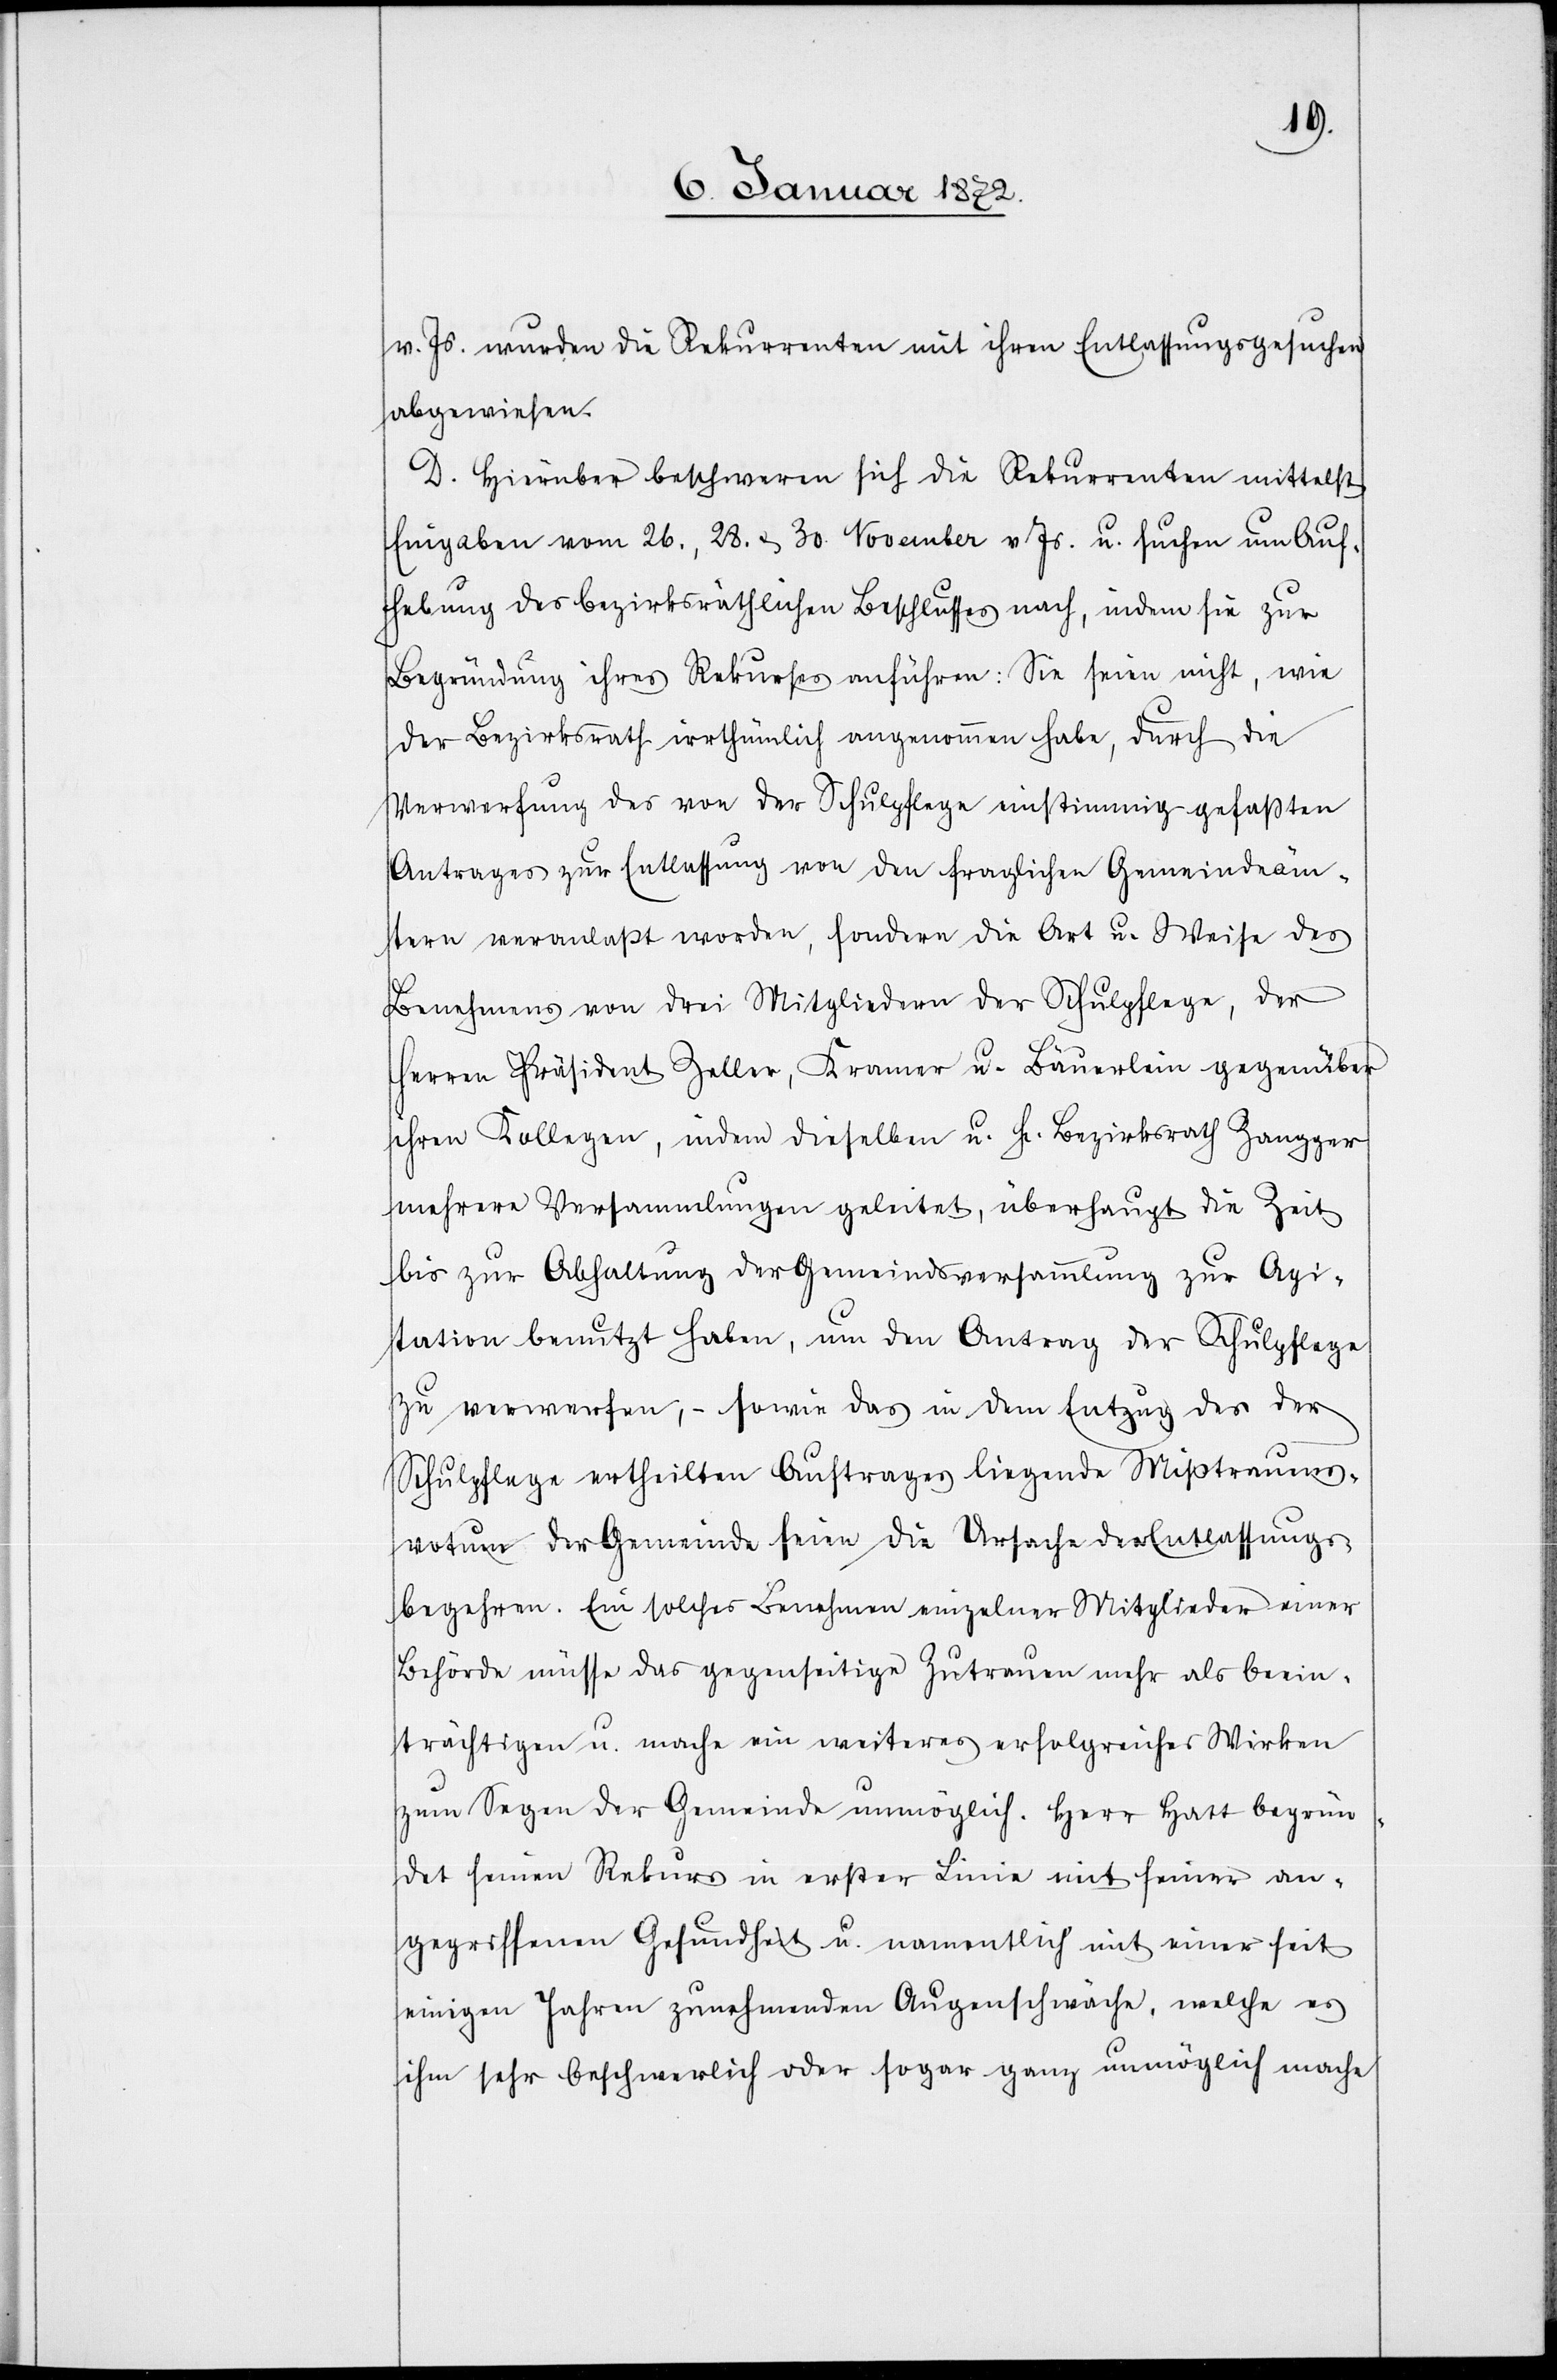
v. Js. wurden die Rekurrenten mit ihren Entlassungsgesuchen
abgewiesen.
D. Hierüber beschweren sich die Rekurrenten mittelst
Eingaben vom 26., 28. & 30. November v Js. u. suchen um Auf¬
hebung des bezirksräthlichen Beschlusses nach, indem sie zur
Begründung ihres Rekurses anführen: Sie seien nicht, wie
der Bezirksrath irrthümlich angenommen habe, durch die
Verwerfung des von der Schulpflege einstimmig gefassten
Antrages zur Entlassung von den fraglichen Gemeindeäm¬
tern veranlaßt worden, sondern die Art u. Weise des
Benehmens von drei Mitgliedern der Schulpflege, der
Herren Präsident Zeller, Kramer u. Bäuerlein gegenüber
ihren Kollegen, indem dieselben u. H. Bezirksrath Zangger
mehrere Versammlungen geleitet, überhaupt die Zeit
bis zur Abhaltung der Gemeindsversammlung zur Agi¬
tation benutzt haben, um den Antrag der Schulpflege
zu verwerfen, – sowie das in dem Entzug des der
Schulpflege ertheilten Auftrages liegende Mißtrauens¬
votum der Gemeinde seien die Ursache der Entlassungs¬
begehren. Ein solches Benehmen einzelner Mitglieder einer
Behörde müsse das gegenseitige Zutrauen mehr als beein¬
trächtigen u. mache ein weiteres erfolgreiches Wirken
zum Segen der Gemeinde unmöglich. Herr Hatt begrün¬
det seinen Rekurs in erster Linie mit seiner an¬
gegriffenen Gesundheit u. namentlich mit einer seit
einigen Jahren zunehmenden Augenschwäche, welche es
ihm sehr beschwerlich oder sogar ganz unmöglich mache